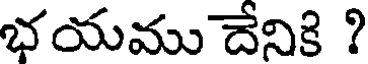
భయము దేనికి ?